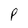
Character: P